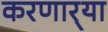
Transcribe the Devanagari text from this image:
करणार्‍या